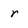
Character: r